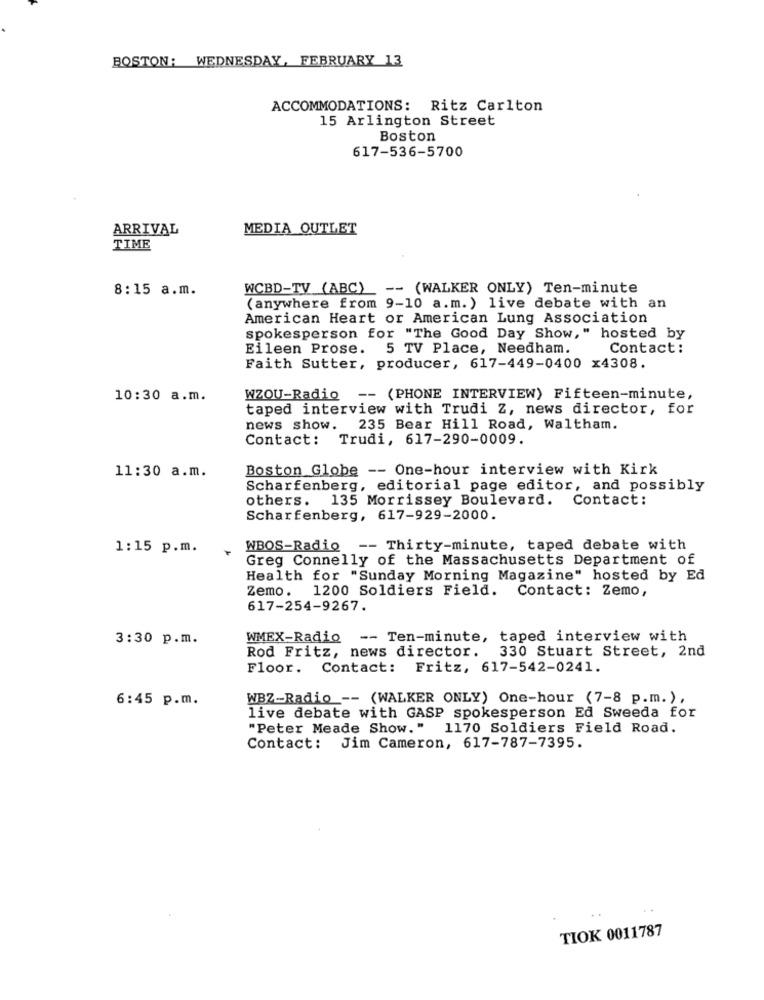
BOSTON: WEDNESDAY, FEBRUARY 13
ACCOMMODATIONS: Ritz Carlton
15 Arlington Street
Boston
617-536-5700
ARRIVAL
MEDIA OUTLET
TIME
8:15 a.m.
WCBD-TV (ABC) -- (WALKER ONLY) Ten-minute
(anywhere from 9-10 a.m. ) live debate with an
American Heart or American Lung Association
spokesperson for "The Good Day Show," hosted by
Eileen Prose. 5 TV Place, Needham.
Contact :
Faith Sutter, producer, 617-449-0400 x4308.
10:30 a.m.
WZOU-Radio
-- (PHONE INTERVIEW) Fifteen-minute,
taped interview with Trudi Z, news director, for
news show. 235 Bear Hill Road, Waltham.
Contact:
Trudi, 617-290-0009.
Boston Globe -- One-hour interview with Kirk
11:30 a.m.
Scharfenberg, editorial page editor, and possibly
others. 135 Morrissey Boulevard. Contact:
Scharfenberg, 617-929-2000.
1:15 p.m.
WBOS-Radio -- Thirty-minute, taped debate with
Greg Connelly of the Massachusetts Department of
Health for "Sunday Morning Magazine" hosted by Ed
Zemo. 1200 Soldiers Field. Contact: Zemo,
617-254-9267.
3:30 p.m.
WMEX-Radio -- Ten-minute, taped interview with
Rod Fritz, news director. 330 Stuart Street, 2nd
Floor. Contact: Fritz, 617-542-0241.
WBZ-Radio -- (WALKER ONLY) One-hour (7-8 p.m.),
6:45 p.m.
live debate with GASP spokesperson Ed Sweeda for
"Peter Meade Show." 1170 Soldiers Field Road.
Contact: Jim Cameron, 617-787-7395.
TIOK 0011787